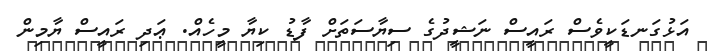
އަޅުގަނޑަކީވެސް ރައީސް ނަޝީދުގެ ސިޔާސަތަށް ފާޑު ކިޔާ މީހެއް. ޢަދި ރައީސް ޔާމިން